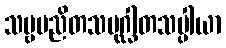
သဗ္ဗမညိတသမုဂ္ဃါတသပ္ပါယာ